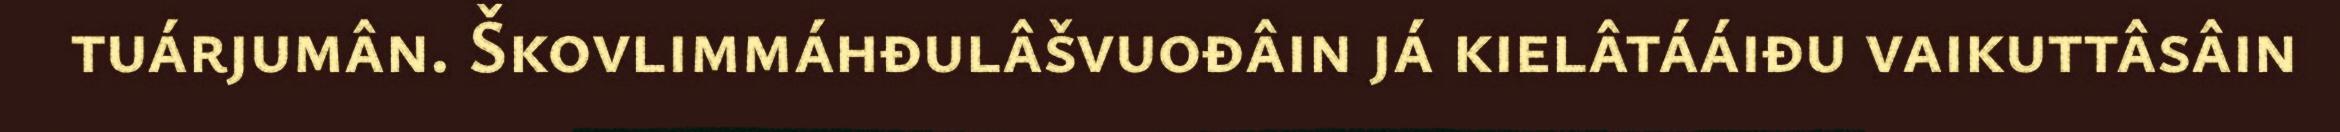
tuárjumân. Škovlimmáhđulâšvuođâin já kielâtááiđu vaikuttâsâin